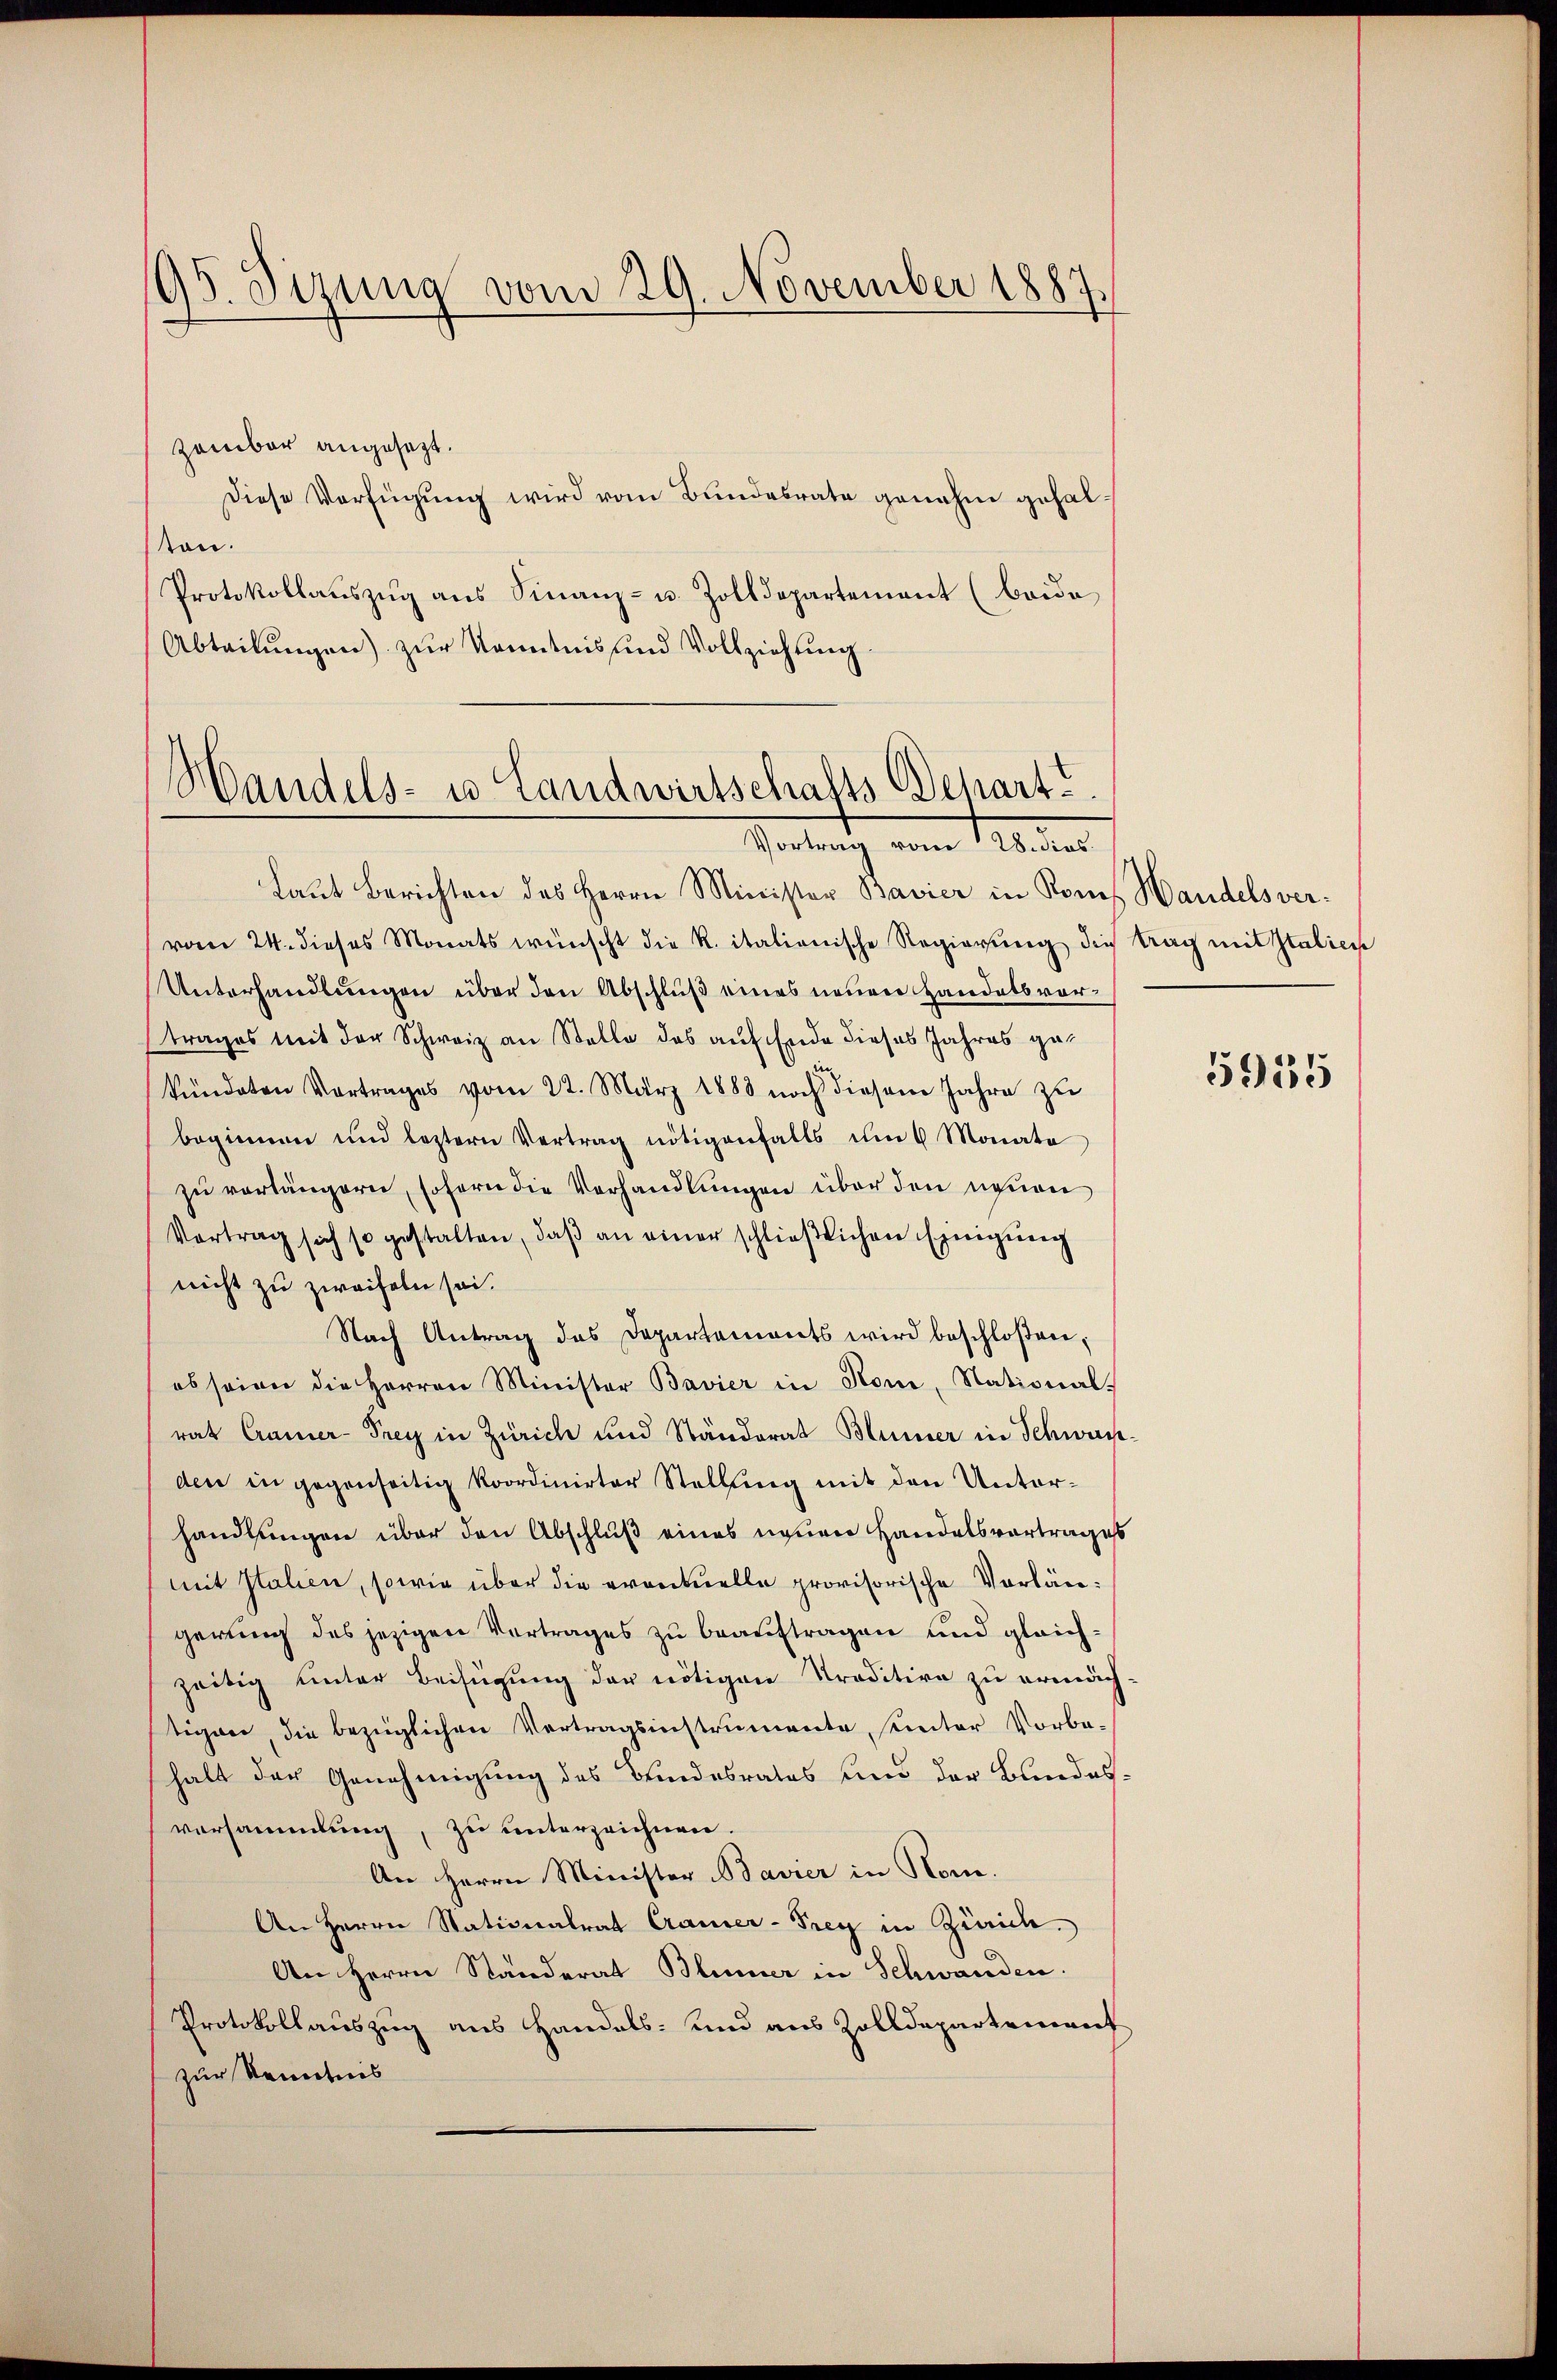
95. Sizung vom 29. November 1887.

zember angesezt.
Diese Verfügung wird vom Bundesrate genahm gehaltan.
Protokollauszug aus Finanz- u. Zolldepartement (beide
Abteilungen) zur Kenntnis und Vollziehung.

Handels- u Landwirtschafts-Depart
Vortrag vom 28. dies

Laut Berichten des Herrn Minister Bavier in Roms Handelsver-
vom 24. dieses Monats wünscht die R. italienische Regierung die trag mit Italici
Unterhandlungen über den Abschluß eines neuen Handelsvortrages mit der Schweiz an Stelle das auf Ende dieses Jahres gekündeten Vortrages vom 22. März 1888 noch diesem Jahre zŭ
beginnen und leztern Vertrag nötigenfalls um 6 Monate
zu verlängern, sofern die Verhandlungen über den neuen
Vortrag sich so gestalten, daβ an einer schließlichen Einigung
nicht zu zweifeln sei.
Nach Antrag das Departements wird beschloßen,
ob seien die Herren Minister Bavier in Honi, National-
rat Cramer-Prey in Zürich und Ständerat Blümer in Schwach-
den in gegenseitig koordinirter Stellung mit den Unterhandlungen über den Abschluß eines neuen Handelsvortrages
mit Italien, sowie über die eventuelle provisorische Vorlängerung des jezigen Vertrages zu beauftragen und gleichzeitig unter Beifügung der nötigen Traditive zu ermäch
tigen, die bezüglichen Vertragsinstrumente, unter Vorbe-
halt der Genehmigung des Bundesrates und der Bundesversammlung, zu unterzeichnen.
An Herrn Minister Baurer in Hom.
An Herrn Stationalrat Crauer-Frey in Zürich.
An Herrn Ständerat Blümer in Schwanden.
Protokollauszug aus Handels- und aus Zolldepartement
zur Kenntnis

5915